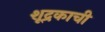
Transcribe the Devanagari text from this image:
शूद्रकाची